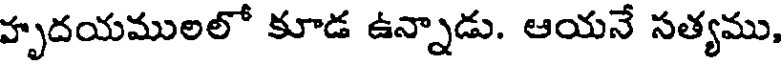
హృదయములలో కూడ ఉన్నాడు. ఆయనే సత్యము,